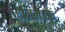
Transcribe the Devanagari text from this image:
एनिजेइक